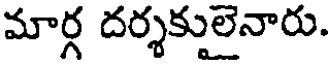
మార్గ దర్శకులైనారు.